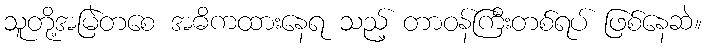
သူတို့အမြဲတစေ အဓိကထားနေရ သည့် တာဝန်ကြီးတစ်ရပ် ဖြစ်နေဆဲ။